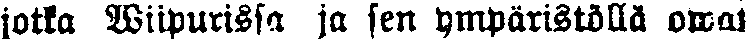
jotta Wiipurissa ja sen ympäristöllä owat